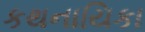
કથનાયિકા